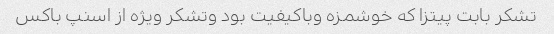
تشکر بابت پیتزا که خوشمزه وباکیفیت بود وتشکر ویژه از اسنپ باکس